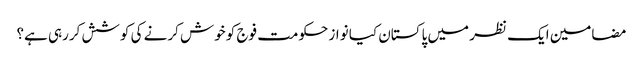
مضامین ایک نظر میں پاکستان	کیا نواز حکومت فوج کو خوش کرنے کی کوشش کررہی ہے؟